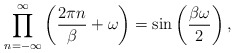
\begin{align*}\prod_{n=-\infty}^\infty\left( \frac{2\pi n}{\beta}+\omega\right)=\sin\left( \frac{\beta\omega}{2}\right),\end{align*}